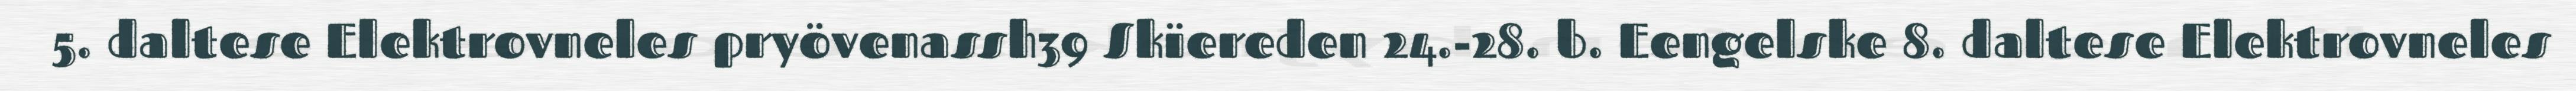
5. daltese Elektrovneles pryövenassh39 Skïereden 24.-28. b. Eengelske 8. daltese Elektrovneles